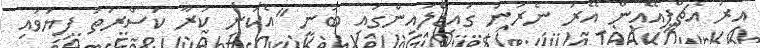
އިރު އެޗްޕީއޭއިން އޭރު ނެރުނު ގައިޑްލައިންގައި ބުނީ "އެކަނި ކުރާ ކަސްރަތު ފިޔަވައި